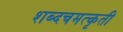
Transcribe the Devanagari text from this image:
शब्दचमत्कृती